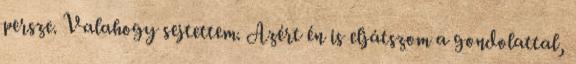
persze. Valahogy sejtettem. Azért én is eljátszom a gondolattal,